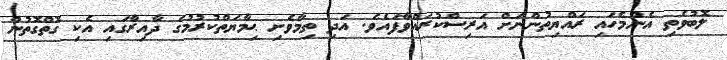
ލޮބުވެތި އެންމެހައި ރައްޔިތުންނަށް އަރިސްކުރައްވާފައެވެ. އަދި ތިމާވެށި ޙިމާޔަތްކުރުމުގެ ދާއިރާގައި އެކި ގޮތްގޮތުން